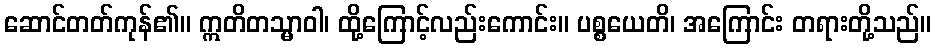
ဆောင်တတ်ကုန်၏။ ဣတိတသ္မာဝါ၊ ထို့ကြောင့်လည်းကောင်း။ ပစ္စယေတိ၊ အကြောင်း တရားတို့သည်။